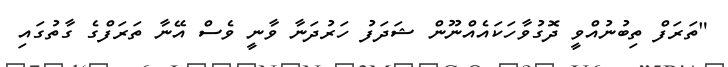
"ތަރަފް ތިބުނުއްވީ ދޮގުވާހަކައެއްނޫން ޝަދަފު ހަރުދަނާ ވާނީ ވެސް އޭނާ ތަރަފްގެ ގާތުގައި